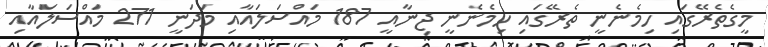
މީގެތެރޭގައި ހިމެނެނީ ތެރޭގައި ހިމެނެނީ ޖިނާއީ 187 މައްސަލައާއި މަދަނީ 271 މައްސަލައާއި